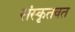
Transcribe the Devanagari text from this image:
संस्कृतवत